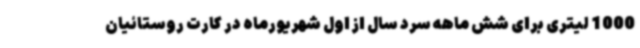
1000 لیتری برای شش ماهه سرد سال از اول شهریورماه در کارت روستائیان